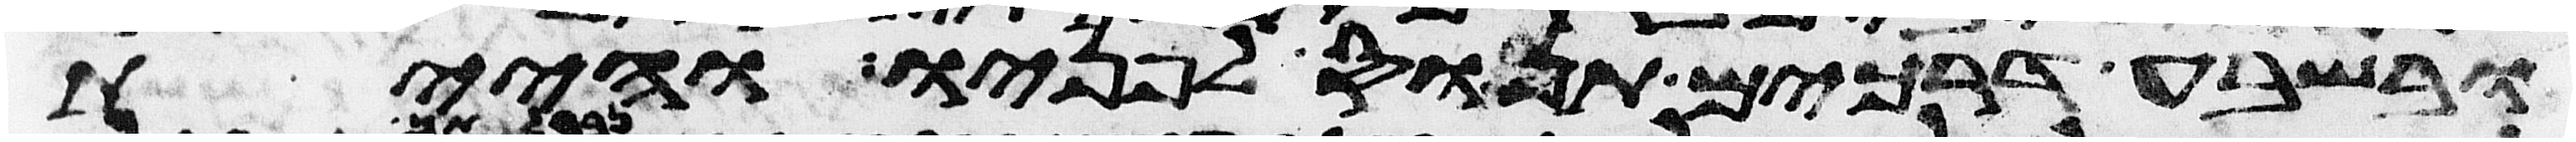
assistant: ובשבעה דרכים תנוס לפניו והיית